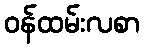
ဝန်ထမ်းလစာ